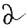
Digit: 2